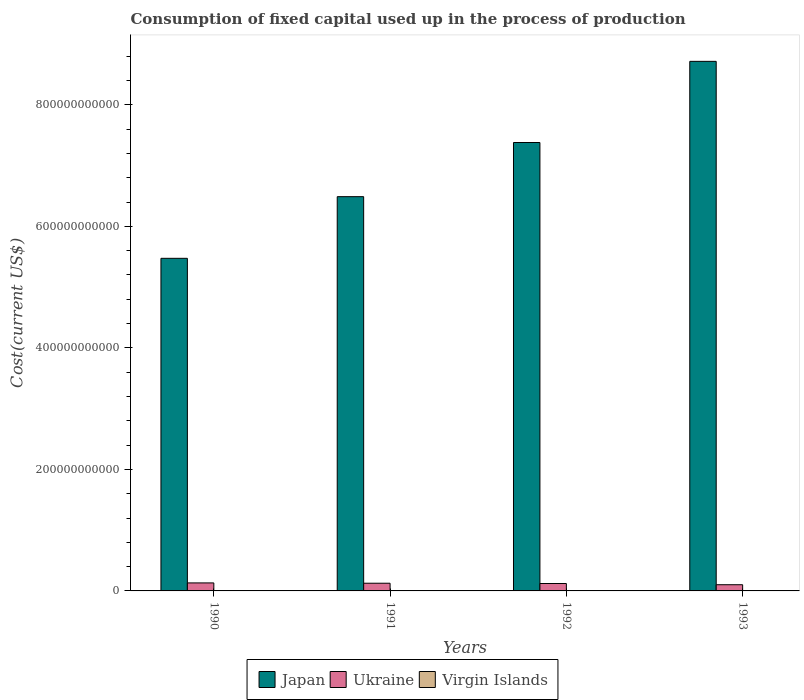
| Years | Japan | Ukraine | Virgin Islands |
 | --- | --- | --- | --- |
 | 1990 | 5.47e+11 | 1.32e+10 | 2.21e+08 |
 | 1991 | 6.49e+11 | 1.27e+10 | 2.37e+08 |
 | 1992 | 7.38e+11 | 1.22e+10 | 2.53e+08 |
 | 1993 | 8.72e+11 | 1.02e+10 | 2.89e+08 |